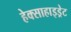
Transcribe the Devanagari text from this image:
हेक्साहाइड्रेट